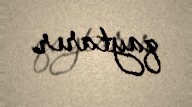
qaytarır.